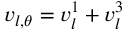
v _ { l , \theta } = v _ { l } ^ { 1 } + v _ { l } ^ { 3 }